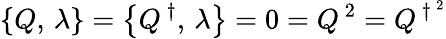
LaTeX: \left\{ Q,\, \lambda\right\} =\left\{ Q^{\, \dagger},\, \lambda\right\} =0=Q^{\, 2}=Q^{\, \dagger^{\, 2}}